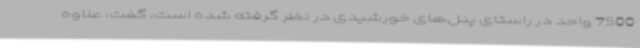
7500 واحد در راستای پنل‌های خورشیدی در نظر گرفته شده است، گفت: علاوه